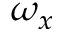
\omega _ { x }